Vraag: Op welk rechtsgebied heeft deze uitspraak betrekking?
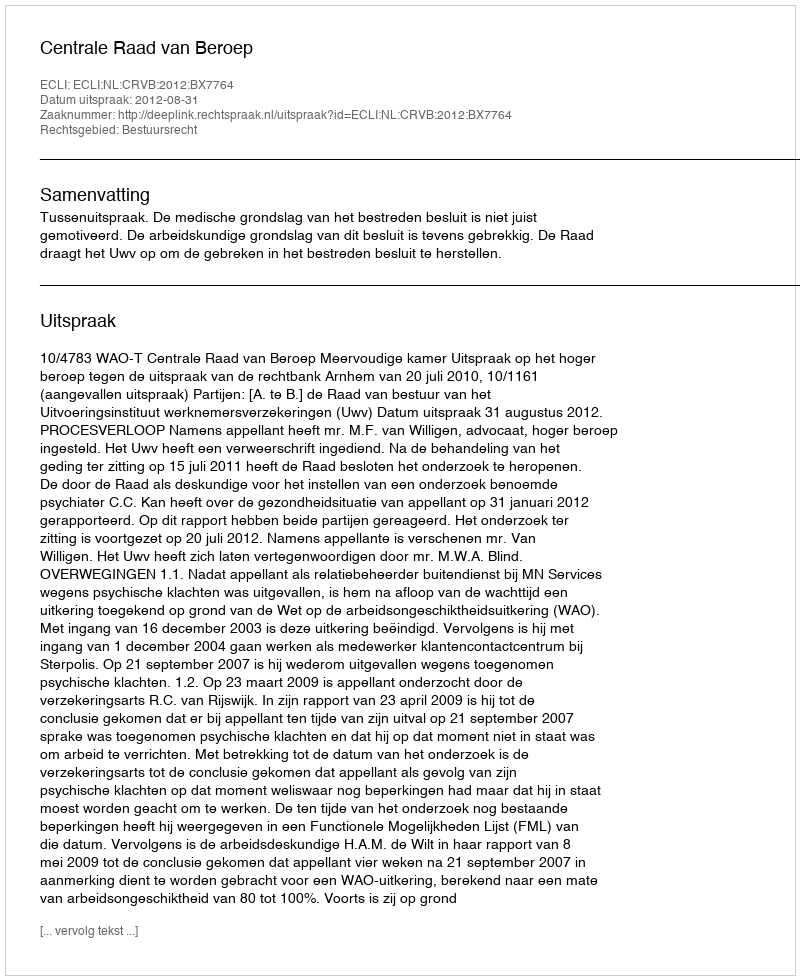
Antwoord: Bestuursrecht